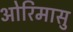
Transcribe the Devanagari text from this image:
ओरिमासु